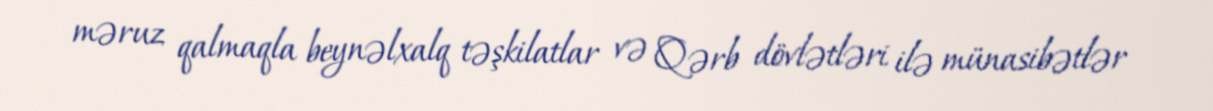
məruz qalmaqla beynəlxalq təşkilatlar və Qərb dövlətləri ilə münasibətlər